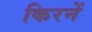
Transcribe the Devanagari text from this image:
किरनें